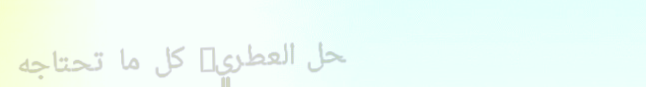
محل العطري: كل ما تحتاجه